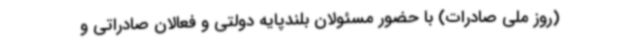
(روز ملی صادرات) با حضور مسئولان بلندپایه دولتی و فعالان صادراتی و